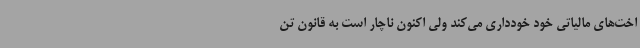
اخت‌های مالیاتی خود خودداری می‌کند ولی اکنون ناچار است به قانون تن